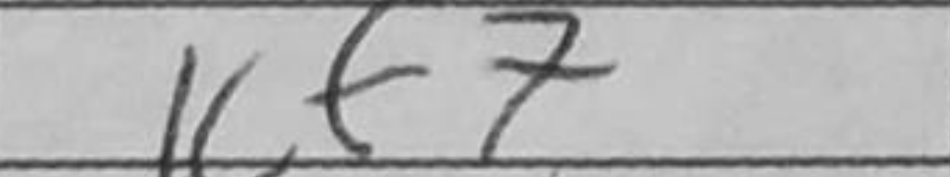
Transcription: Kf7